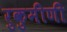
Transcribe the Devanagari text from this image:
रुकुमीणी